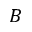
B